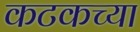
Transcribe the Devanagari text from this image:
कटकच्या